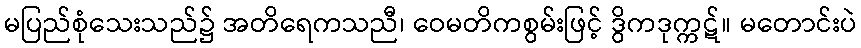
မပြည်စုံသေးသည်၌ အတိရေကသညီ၊ ဝေမတိကစွမ်းဖြင့် ဒွိကဒုက္ကဋ်။ မတောင်းပဲ